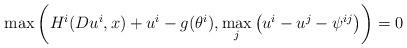
LaTeX: \begin{align*}\max\left(H^i(Du^i,x)+u^i- g(\theta^i),\max_j\left(u^i-u^j-\psi^{ij}\right)\right)=0\end{align*}